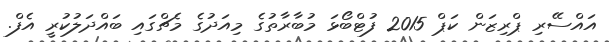
އައްސޭރި ޕްރިޒަން ކަޕް 2015 ފުޓްބޯޅަ މުބާރާތުގެ މިއަދުގެ މެޗްގައި ބައްދަލުކުރީ އެފް.